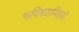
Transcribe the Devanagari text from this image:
भविषवानिययो